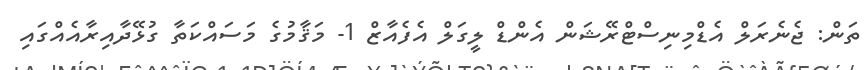
ތަން: ޖެނެރަލް އެޑްމިނިސްޓްރޭޝަން އެންޑް ލީގަލް އެފެއާޒް 1- މަޤާމުގެ މަސައްކަތާ ގުޅޭދާއިރާއެއްގައި